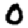
Digit: 0